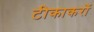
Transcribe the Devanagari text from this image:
टीकाकरों